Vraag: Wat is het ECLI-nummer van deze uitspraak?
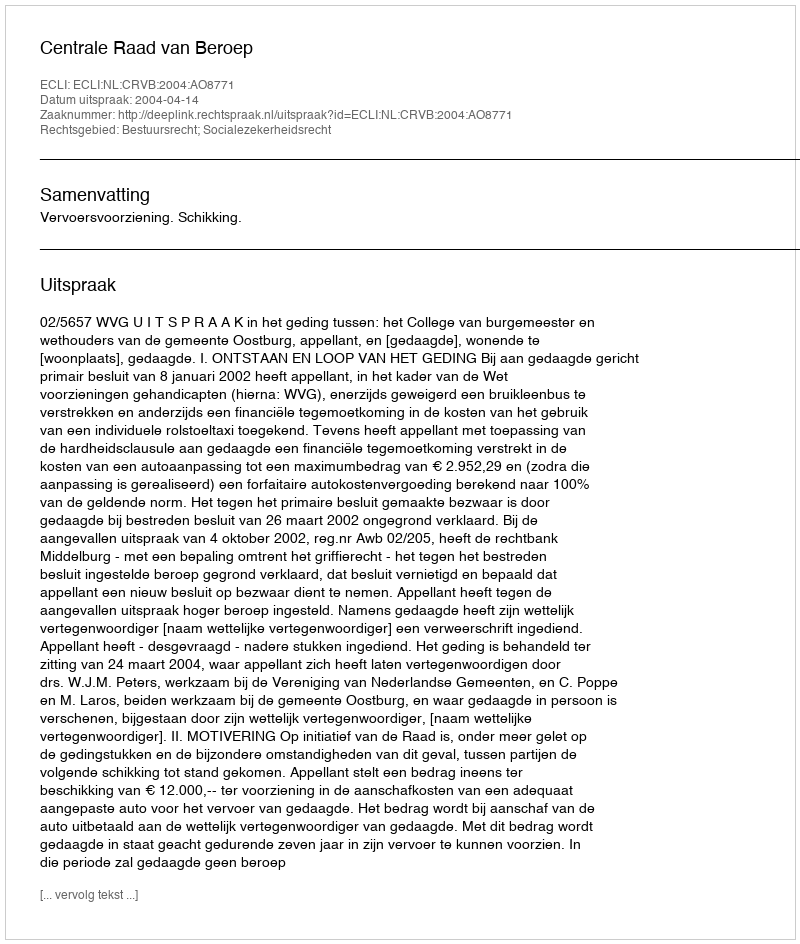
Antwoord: ECLI:NL:CRVB:2004:AO8771